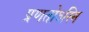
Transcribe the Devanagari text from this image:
प्रणतोऽस्मि